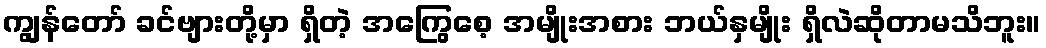
ကျွန်တော် ခင်ဗျားတို့မှာ ရှိတဲ့ အကြွေစေ့ အမျိုးအစား ဘယ်နှမျိုး ရှိလဲဆိုတာမသိဘူး။